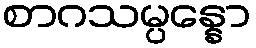
စာဂသမ္ပန္နော